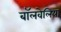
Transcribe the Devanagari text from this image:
बॉलवेलिया